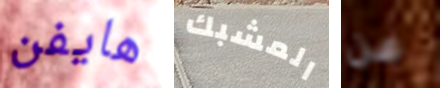
هايفن المشبك عن